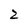
Character: 2